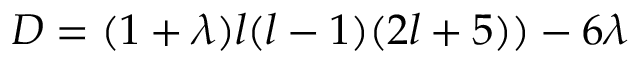
D = ( 1 + \lambda ) l ( l - 1 ) ( 2 l + 5 ) ) - 6 \lambda